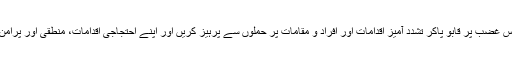
یہاں یہ کہنا ضروری ہے کہ غیور مسلمان، اپنے مقدس غضب پر قابو پاکر تشدد آمیز اقدامات اور افراد و مقامات پر حملوں سے پرہیز کریں اور اپنے احتجاجی اقدامات، منطقی اور پرامن ـ مگر تسلسل اور سنجیدگی کے ساتھ ـ آگے بڑھا دیں۔